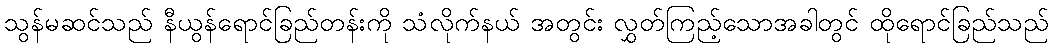
သွန်မဆင်သည် နီယွန်ရောင်ခြည်တန်းကို သံလိုက်နယ် အတွင်း လွှတ်ကြည့်သောအခါတွင် ထိုရောင်ခြည်သည်